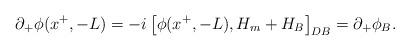
LaTeX: \begin{align*}\partial_+ \phi(x^+,-L)=-i \left[\phi(x^+,-L),H_m + H_B\right]_{DB}= \partial_+ \phi_B.\end{align*}